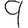
Digit: 9